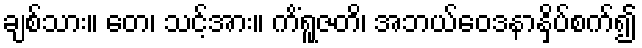
ချစ်သား။ တေ၊ သင့်အား။ ကိံရူဇတိ၊ အဘယ်ဝေဒနာနှိပ်စက်၍